Annual report of the Punjab Veterinary College and of the Civil Veterinary Department, Punjab - 1920-1925
Year: 1920
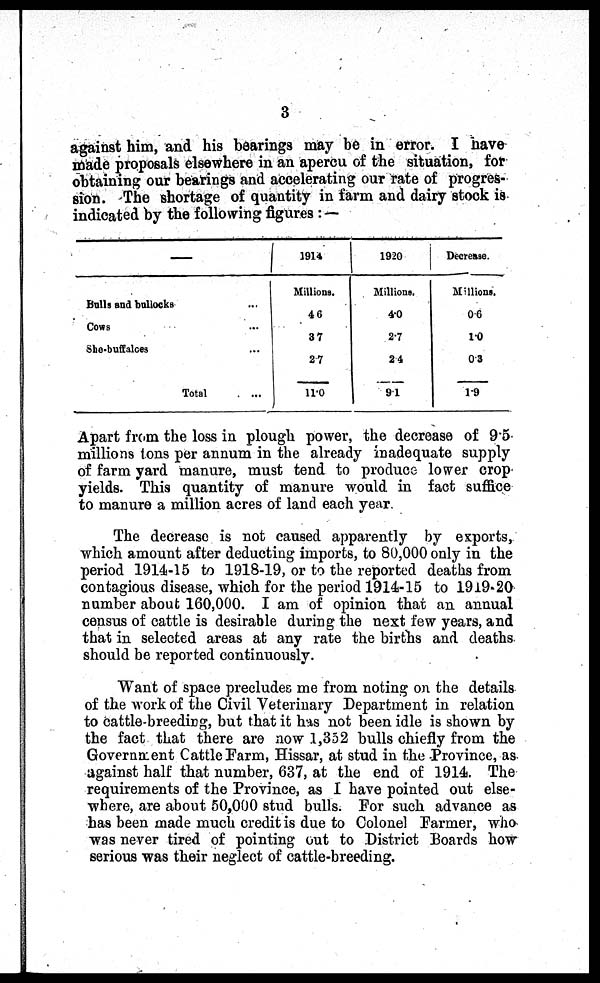
3
against him, and his bearings may be in error. I have
made proposals elsewhere in an apercu of the situation, for
obtaining our bearings and accelerating our rate of progres-
sion. The shortage of quantity in farm and dairy stock is
indicated by the following figures:—
—
Bulls and bullocks
...
Cows
...
She-buffalces
...
Total
...
1914
Millions.
4.6
3.7
2.7
11.0
1920
Millions.
4.0
2.7
2.4
9.1
Decrease.
Millions.
0.6
1.0
0.3
1.9
Apart from the loss in plough power, the decrease of 9.5
millions tons per annum in the already inadequate supply
of farm yard manure, must tend to produce lower crop
yields. This quantity of manure would in fact suffice
to manure a million acres of land each year.
The decrease is not caused apparently by exports,
which amount after deducting imports, to 80,000 only in the
period 1914-15 to 1918-19, or to the reported deaths from
contagious disease, which for the period 1914-15 to 1919-20
number about 160,000. I am of opinion that an annual
census of cattle is desirable during the next few years, and
that in selected areas at any rate the births and deaths
should be reported continuously.
Want of space precludes me from noting on the details
of the work of the Civil Veterinary Department in relation
to cattle-breeding, but that it has not been idle is shown by
the fact that there are now .1,352 bulls chiefly from the
Government Cattle Farm, Hissar, at stud in the Province, as
against half that number, 637, at the end of 1914. The
requirements of the Province, as I have pointed out else-
where, are about 50,000 stud bulls. For such advance as
has been made much credit is due to Colonel Farmer, who
was never tired of pointing out to District Boards how
serious was their neglect of cattle-breeding.